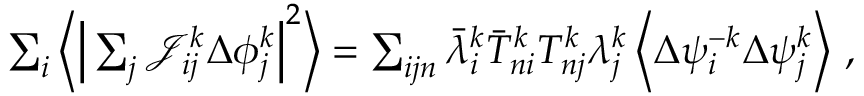
\begin{array} { r } { \sum _ { i } \bigg \langle \Big \vert \sum _ { j } \mathcal { J } _ { i j } ^ { k } \Delta { \phi } _ { j } ^ { k } \Big \vert ^ { 2 } \bigg \rangle = \sum _ { i j n } \bar { \lambda } _ { i } ^ { k } \bar { T } _ { n i } ^ { k } T _ { n j } ^ { k } \lambda _ { j } ^ { k } \left\langle \Delta { \psi } _ { i } ^ { - k } \Delta { \psi } _ { j } ^ { k } \right\rangle \, , } \end{array}